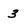
Character: 3